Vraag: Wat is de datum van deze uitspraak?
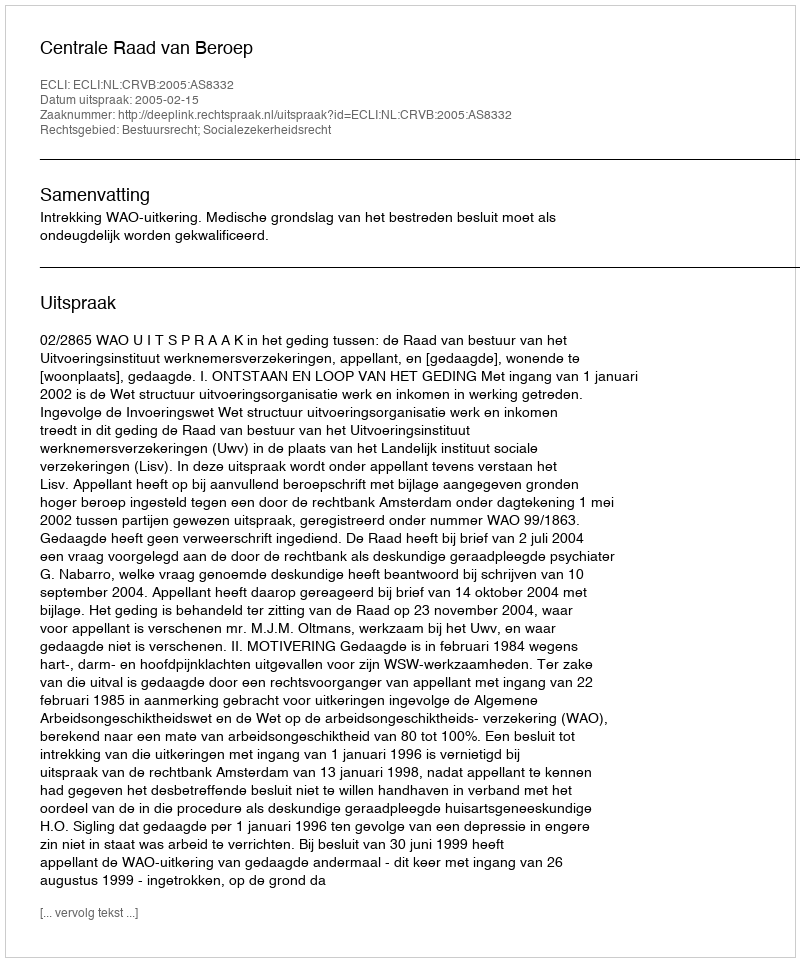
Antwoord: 2005-02-15